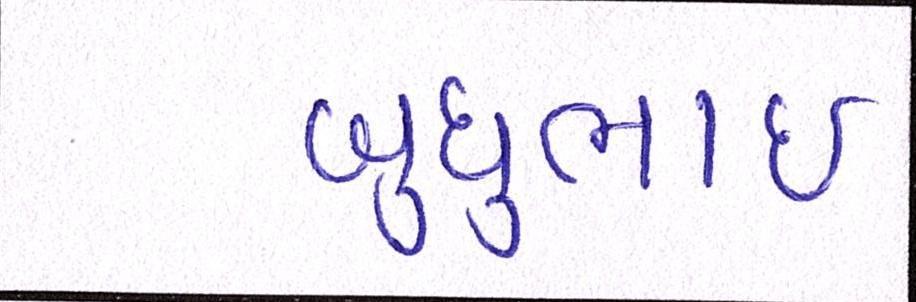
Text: બુધુભાઇ